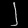
Digit: ၂